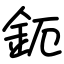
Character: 鈪